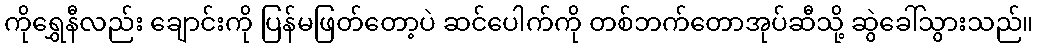
ကိုရွှေနီလည်း ချောင်းကို ပြန်မဖြတ်တော့ပဲ ဆင်ပေါက်ကို တစ်ဘက်တောအုပ်ဆီသို့ ဆွဲခေါ်သွားသည်။